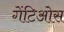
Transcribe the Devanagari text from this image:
गेंटिओस